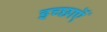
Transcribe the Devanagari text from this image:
इच्छाऍं